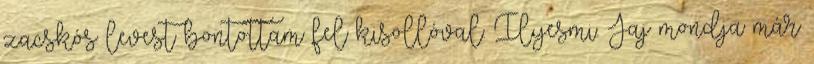
zacskós levest bontottam fel kisollóval. Ilyesmi. Jaj mondja már